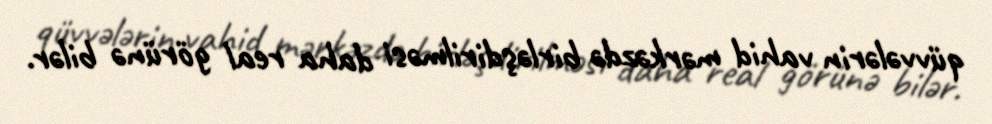
qüvvələrin vahid mərkəzdə birləşdirilməsi daha real görünə bilər.